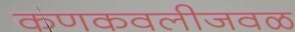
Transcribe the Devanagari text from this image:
कणकवलीजवळ